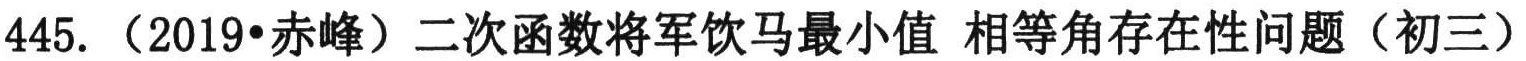
445. （2019•赤峰）二次函数将军饮马最小值 相等角存在性问题（初三）